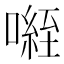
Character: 𭊾